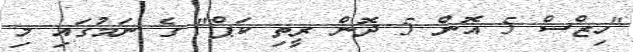
"ހިޒްސް 5 އޮން 5 ދޮން ރީތި ކަޕް" ގެ ނަމުގައި މި